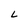
Character: L